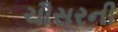
ચૌસરની